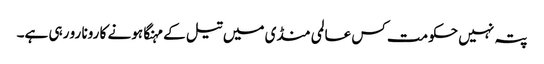
پتہ نہیں حکومت کس عالمی منڈی میں تیل کے مہنگا ہونے کا رونا رو رہی ہے۔